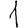
Digit: 1